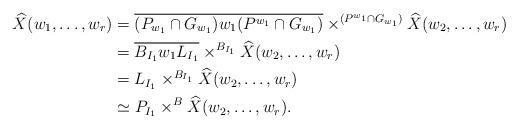
LaTeX: \begin{align*}\widehat{X}(w_1,\dots,w_r) &= \overline{(P_{w_1} \cap G_{w_1}) w_1 (P^{w_1} \cap G_{w_1})} \times^{(P^{w_1} \cap G_{w_1})} \widehat{X}(w_2,\dots,w_{r}) \\&= \overline{ B_{I_1} w_1 L_{I_1}} \times^{B_{I_1}} \widehat{X}(w_2,\dots,w_{r}) \\&= L_{I_1} \times^{B_{I_1}} \widehat{X}(w_2,\dots,w_{r}) \\&\simeq P_{I_1} \times^B\widehat{X}(w_2,\dots,w_{r}).\end{align*}